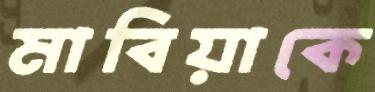
মাবিয়াকে